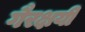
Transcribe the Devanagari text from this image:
गैरक्षयी